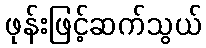
ဖုန်းဖြင့်ဆက်သွယ်